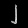
Digit: ၂